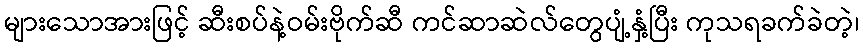
များသောအားဖြင့် ဆီးစပ်နဲ့ဝမ်းဗိုက်ဆီ ကင်ဆာဆဲလ်တွေပျံ့နှံ့ပြီး ကုသရခက်ခဲတဲ့၊